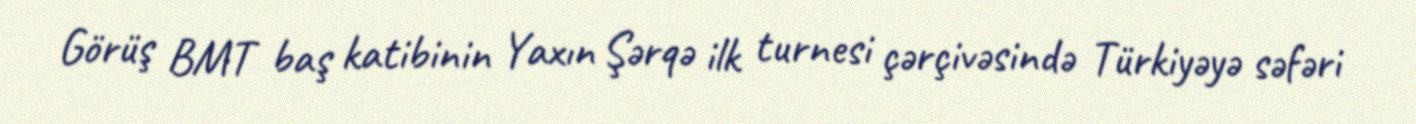
Görüş BMT baş katibinin Yaxın Şərqə ilk turnesi çərçivəsində Türkiyəyə səfəri